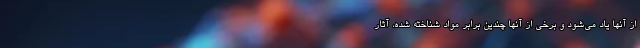
از آنها یاد می‌شود و برخی از آنها چندین برابر مواد شناخته شده، آثار